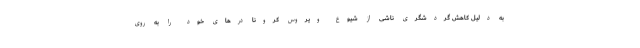
به دلیل کاهش گردشگری ناشی از شیوع ویروس کرونا درهای خود را به روی